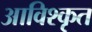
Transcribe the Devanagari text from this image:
आविश्कृत